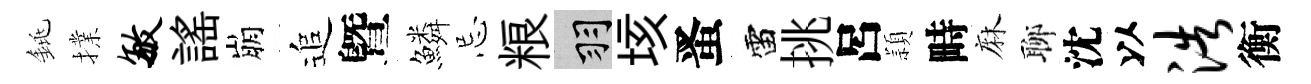
銚擈敏謡崩追曁鱗忌粮羽垓󱉠雷挑呂頴畤麻聊沈以浩衡